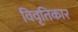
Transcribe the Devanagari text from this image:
विवृतिकार